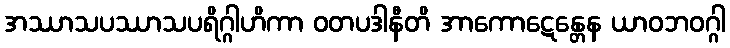
အဿာသပဿာသပရိဂ္ဂါဟိကာ ဝတပဒါနီတိ အာကောဋေန္တေန ယာဝဘဝဂ္ဂါ